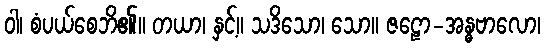
ဝါ၊ စံပယ်စေဘိ၏။ တယာ၊ နှင့်။ သဒိသော၊ သော။ ဇဠော-အန္ဓဗာလော၊